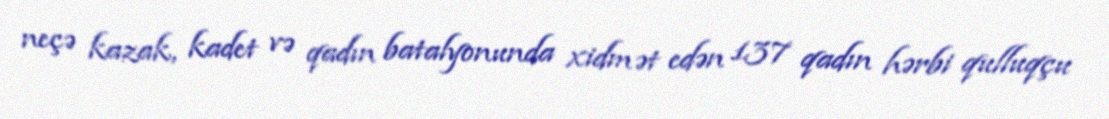
neçə kazak, kadet və qadın batalyonunda xidmət edən 137 qadın hərbi qulluqçu